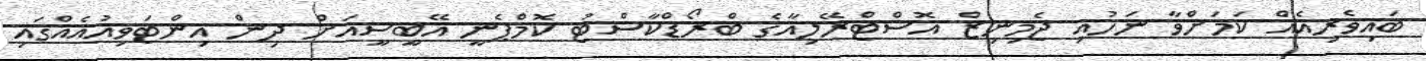
ބައިވެރިއެއް ކަމަށްވާ ނަހުއި ޖެމިނިޒް އޮސްޓްރޭލިއާގެ ބްރޯޑްކާސްޓު ކޮމްޕެނީ އޭބީސީއަށް ދިން އިންޓަވިއުއެއްގައި